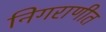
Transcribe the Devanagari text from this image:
निगराणीत